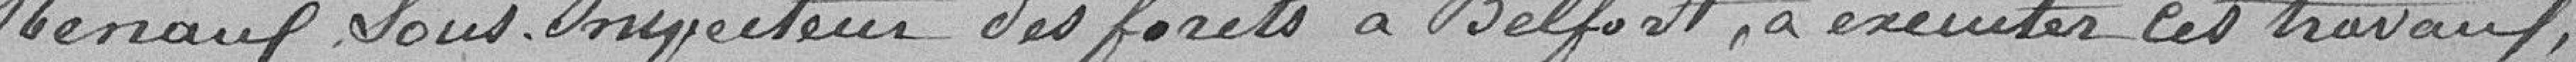
Renaud Louis, inspecteur des forêts à Belfort, à exécuter ces travaux,